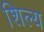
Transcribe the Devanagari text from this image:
शिल्य